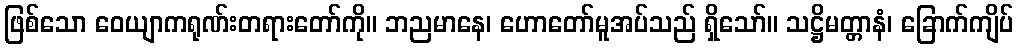
ဖြစ်သော ဝေယျာကရုဏ်းတရားတော်ကို။ ဘညမာနေ၊ ဟောတော်မူအပ်သည် ရှိသော်။ သဋ္ဌိမတ္တာနံ၊ ခြောက်ကျိပ်